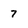
Character: 7